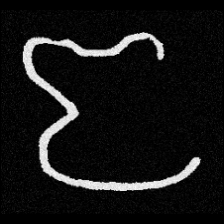
Pyu character \u2014 Myanmar letter: ဇ (romanized: ja)